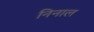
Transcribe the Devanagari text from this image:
निनाल